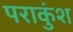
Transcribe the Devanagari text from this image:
पराकुंश